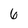
Character: 6